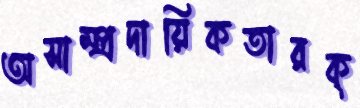
অসাম্প্রদায়িকতারক্